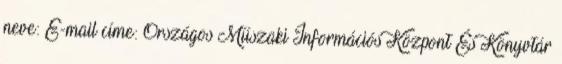
neve: E-mail címe: Országos Műszaki Információs Központ És Könyvtár